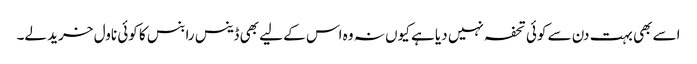
اسے بھی بہت دن سے کوئی تحفہ نہیں دیا ہے کیوں نہ وہ اس کے لیے بھی ڈینس رابنس کا کوئی ناول خرید لے۔